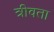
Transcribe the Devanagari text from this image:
त्रीवता